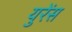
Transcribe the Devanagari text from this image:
युरेंस